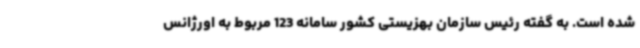
شده است. به گفته رئیس سازمان بهزیستی کشور سامانه 123 مربوط به اورژانس